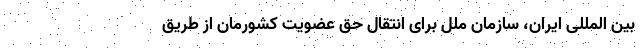
بین المللی ایران، سازمان ملل برای انتقال حق عضویت کشورمان از طریق